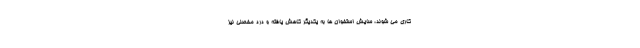
کاری می شوند، سایش استخوان ها به یکدیگر کاهش یافته و درد مفصلی نیز